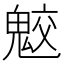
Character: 𩲻